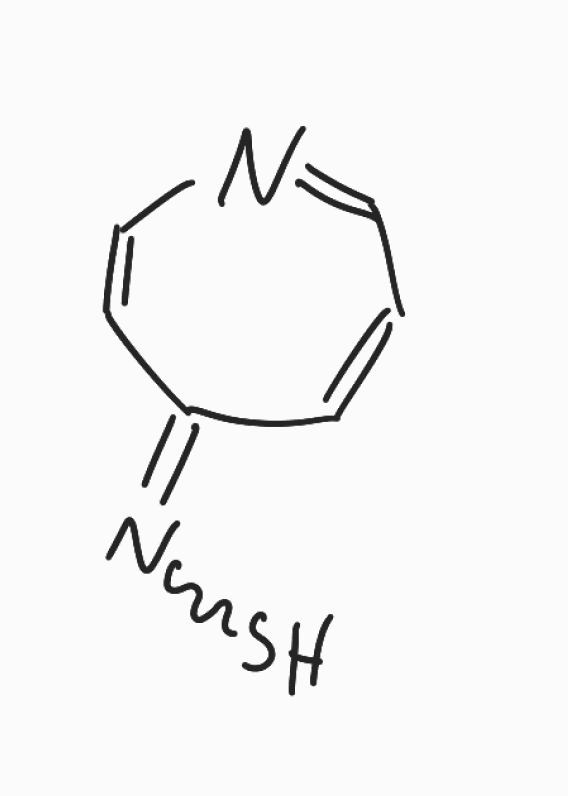
Simplified molecular-input line-entry system (SMILES) notation of the given molecule:
C1=CC(=NS)C=CN=C1